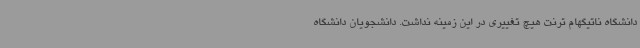
دانشگاه ناتیگهام ترنت هیچ تغییری در این زمینه نداشت. دانشجویان دانشگاه